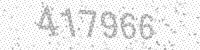
Solution: 417966